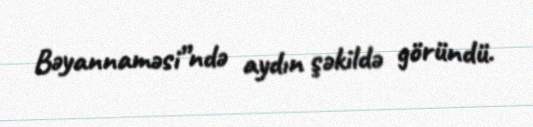
Bəyannaməsi”ndə aydın şəkildə göründü.